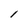
Character: l